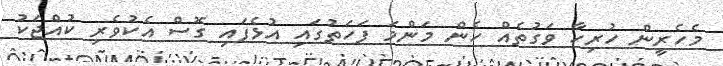
މެހެރީން ހުރިހާ ވަގުތެއް ހެން މަންމަ ފަހަތުގައި އުޅެފައި ގޮސް އެކުވެރި ކުއްޖަކު